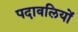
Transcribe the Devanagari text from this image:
पदावलियों